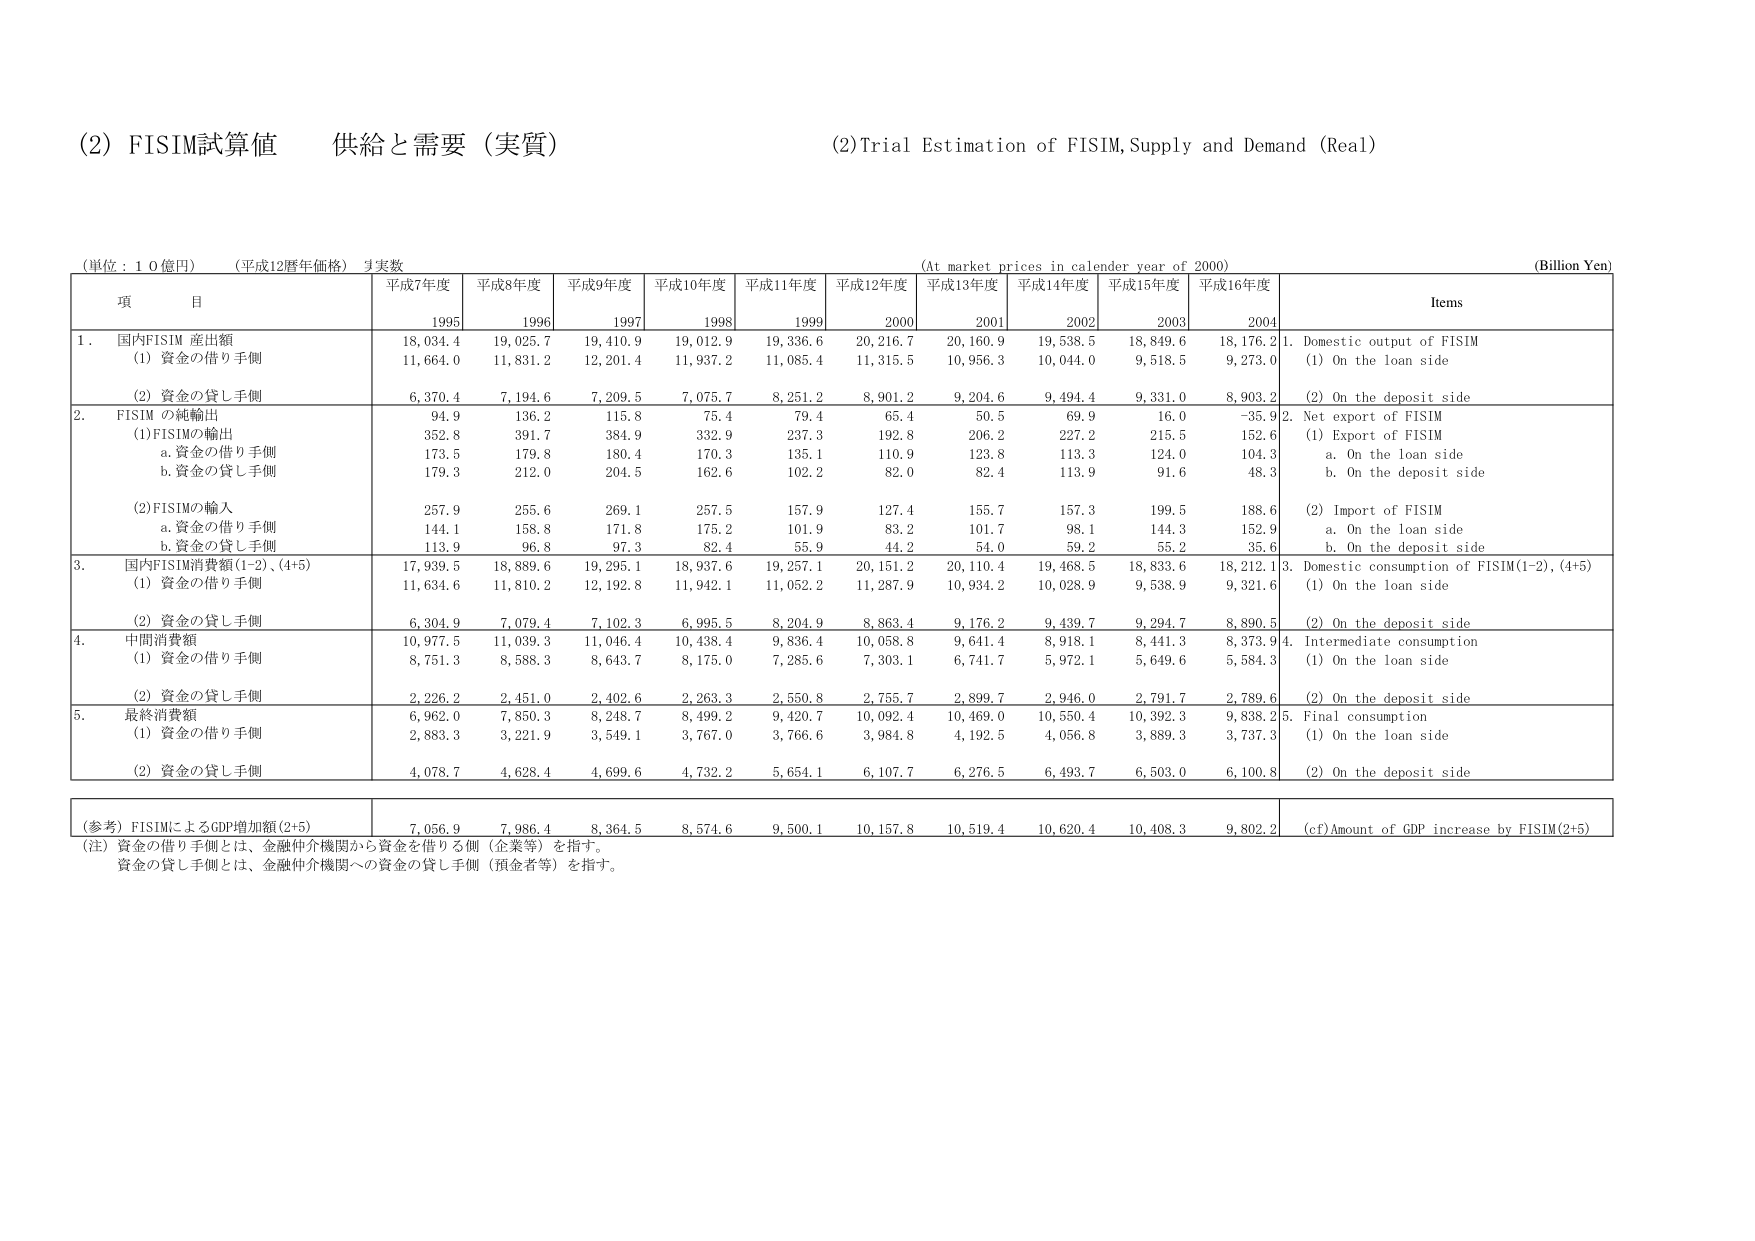
(2) FISIM試算値 供給と需要（実質）
(2) Trial Estimation of FISIM, Supply and Demand (Real)

(単位：10億円) (平成12暦年価格) 実数
(At market prices in calendar year of 2000)
(Billion Yen)

項 目
平成7年度 1995
平成8年度 1996
平成9年度 1997
平成10年度 1998
平成11年度 1999
平成12年度 2000
平成13年度 2001
平成14年度 2002
平成15年度 2003
平成16年度 2004
Items

1. 国内FISIM 産出額
(1) 資金の借り手側
18,034.4
19,025.7
19,410.9
19,012.9
19,336.6
20,216.7
20,160.9
19,538.5
18,849.6
18,176.2
1. Domestic output of FISIM
(1) On the loan side
11,664.0
11,831.2
12,201.4
11,937.2
11,085.4
11,315.5
10,956.3
10,044.0
9,518.5
9,273.0

(2) 資金の貸し手側
6,370.4
7,194.6
7,209.5
7,075.7
8,251.2
8,901.2
9,204.6
9,494.4
9,331.0
8,903.2
(2) On the deposit side

2. FISIM の純輸出
94.9
136.2
115.8
75.4
79.4
65.4
50.5
69.9
16.0
-35.9
2. Net export of FISIM
(1)FISIMの輸出
352.8
391.7
384.9
332.9
237.3
192.8
206.2
227.2
215.5
152.6
(1) Export of FISIM
a. 資金の借り手側
173.5
179.8
180.4
170.3
135.1
110.9
123.8
113.3
124.0
104.3
a. On the loan side
b. 資金の貸し手側
179.3
212.0
204.5
162.6
102.2
82.0
82.4
113.9
91.6
48.3
b. On the deposit side

(2)FISIMの輸入
257.9
255.6
269.1
257.5
157.9
127.4
155.7
157.3
199.5
188.6
(2) Import of FISIM
a. 資金の借り手側
144.1
158.8
171.8
175.2
101.9
83.2
101.7
98.1
144.3
152.9
a. On the loan side
b. 資金の貸し手側
113.9
96.8
97.3
82.4
55.9
44.2
54.0
59.2
55.2
35.6
b. On the deposit side

3. 国内FISIM消費額(1-2)、(4+5)
17,939.5
18,889.6
19,295.1
18,937.6
19,257.1
20,151.2
20,110.4
19,468.5
18,833.6
18,212.1
3. Domestic consumption of FISIM(1-2), (4+5)
(1) 資金の借り手側
11,634.6
11,810.2
12,192.8
11,942.1
11,052.2
11,287.9
10,934.2
10,028.9
9,538.9
9,321.6
(1) On the loan side
(2) 資金の貸し手側
6,304.9
7,079.4
7,102.3
6,995.5
8,204.9
8,863.4
9,176.2
9,439.7
9,294.7
8,890.5
(2) On the deposit side

4. 中間消費額
10,977.5
11,039.3
11,046.4
10,438.4
9,836.4
10,058.8
9,641.4
8,918.1
8,441.3
8,373.9
4. Intermediate consumption
(1) 資金の借り手側
8,751.3
8,588.3
8,643.7
8,175.0
7,285.6
7,303.1
6,741.7
5,972.1
5,649.6
5,584.3
(1) On the loan side
(2) 資金の貸し手側
2,226.2
2,451.0
2,402.6
2,263.3
2,550.8
2,755.7
2,899.7
2,946.0
2,791.7
2,789.6
(2) On the deposit side

5. 最終消費額
6,962.0
7,850.3
8,248.7
8,499.2
9,420.7
10,092.4
10,469.0
10,550.4
10,392.3
9,838.2
5. Final consumption
(1) 資金の借り手側
2,883.3
3,221.9
3,549.1
3,767.0
3,766.6
3,984.8
4,192.5
4,056.8
3,889.3
3,737.3
(1) On the loan side
(2) 資金の貸し手側
4,078.7
4,628.4
4,699.6
4,732.2
5,654.1
6,107.7
6,276.5
6,493.7
6,503.0
6,100.8
(2) On the deposit side

(参考) FISIMによるGDP増加額(2+5)
7,056.9
7,986.4
8,364.5
8,574.6
9,500.1
10,157.8
10,519.4
10,620.4
10,408.3
9,802.2
(cf) Amount of GDP increase by FISIM(2+5)

(注) 資金の借り手側とは、金融仲介機関から資金を借りる側（企業等）を指す。
資金の貸し手側とは、金融仲介機関への資金の貸し手側（預金者等）を指す。